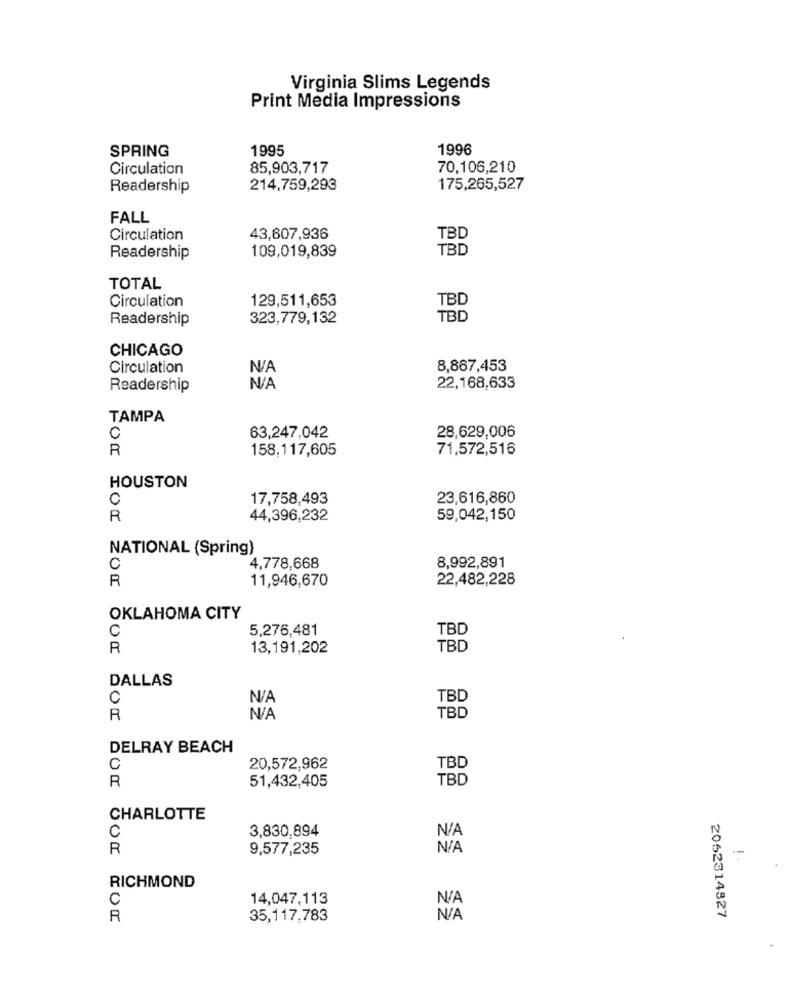
Virginia Slims Legends
Print Media Impressions
SPRING
1995
1996
Circulation
85,903,717
70,106,210
Readership
214,759,293
175,265,527
FALL
Circulation
43,607,936
TBD
109,019,839
TBD
Readership
TOTAL
Circulation
129,511,653
TBD
Readership
323,779,132
TBD
CHICAGO
Circulation
8,867,453
Readership
22,168,633
TAMPA
63,247.042
28,629,006
C
R
158,117,605
71,572,516
HOUSTON
C
17,758,493
23,616,860
R
44,396,232
59,042,150
NATIONAL (Spring)
C
4,778,668
8,992,891
R
11,946,670
22,482,228
OKLAHOMA CITY
C
5,276,481
TBD
R
13,191,202
TBD
DALLAS
C
TBD
R
TBD
DELRAY BEACH
C
20,572,962
TBD
R
51,432,405
TBD
CHARLOTTE
3,830,894
C
R
9,577,235
--
RICHMOND
C
14,047,113
R
35,117,783
2062314827